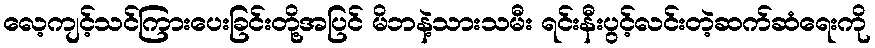
လေ့ကျင့်သင်ကြားပေးခြင်းတို့အပြင် မိဘနဲ့သားသမီး ရင်းနီးပွင့်လင်းတဲ့ဆက်ဆံရေးကို